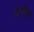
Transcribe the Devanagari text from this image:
तांमीळ